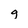
Character: g